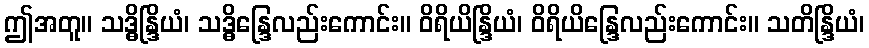
ဤအတူ။ သဒ္ဓိန္ဒြိယံ၊ သဒ္ဓိန္ဒြေလည်းကောင်း။ ဝိရိယိန္ဒြိယံ၊ ဝိရိယိန္ဒြေလည်းကောင်း။ သတိန္ဒြိယံ၊